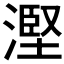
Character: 𣻹